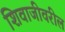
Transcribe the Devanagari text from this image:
शिवाजीवरील